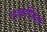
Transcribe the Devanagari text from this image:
एश्कोफिल्ड